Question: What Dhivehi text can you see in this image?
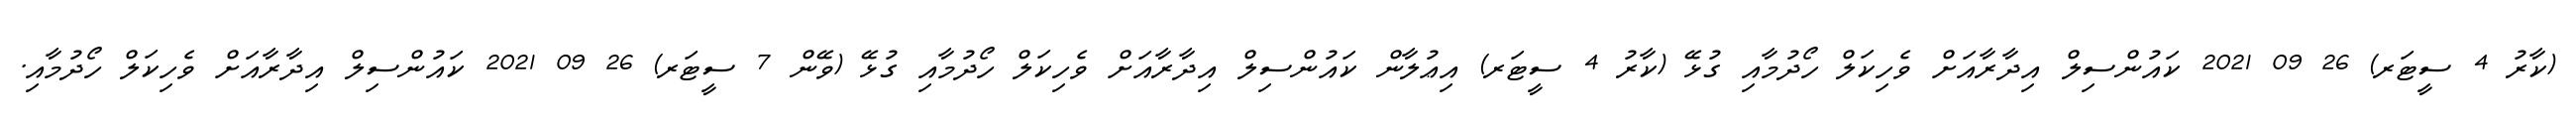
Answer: (ކާރު 4 ސީޓަރ) 26 09 2021 ކައުންސިލް އިދާރާއަށް ވެހިކަލް ހޯދުމާއި ގުޅޭ (ކާރު 4 ސީޓަރ) އިޢުލާން ކައުންސިލް އިދާރާއަށް ވެހިކަލް ހޯދުމާއި ގުޅޭ (ވޭން 7 ސީޓަރ) 26 09 2021 ކައުންސިލް އިދާރާއަށް ވެހިކަލް ހޯދުމާއި.